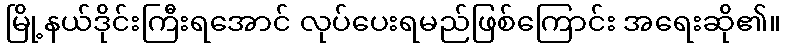
မြို့နယ်ဒိုင်းကြီးရအောင် လုပ်ပေးရမည်ဖြစ်ကြောင်း အရေးဆို၏။